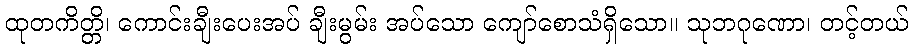
ထုတကိတ္တိ၊ ကောင်းချီးပေးအပ် ချီးမွမ်း အပ်သော ကျော်စောသံရှိသော။ သုဘဂုဏော၊ တင့်တယ်